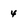
Character: 4